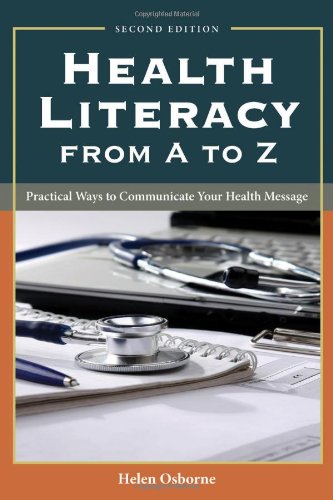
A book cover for Health Literacy From A To Z: Practical Ways to Communicate Your Health Message; Helen Osborne; Medical Books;